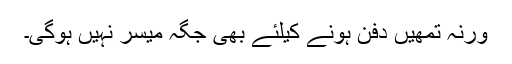
ورنہ تمھیں دفن ہونے کیلئے بھی جگہ میسر نہیں ہوگی۔